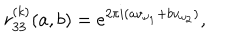
LaTeX: r _ { 3 3 } ^ { ( k ) } ( a , b ) = e ^ { 2 \pi i ( a v _ { \omega _ { 1 } } + b v _ { \omega _ { 2 } } ) } ,